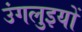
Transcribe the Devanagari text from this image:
उंगलुइयों